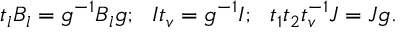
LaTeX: t _ { l } B _ { l } = g ^ { - 1 } B _ { l } g ; \, \, \, \, I t _ { v } = g ^ { - 1 } I ; \, \, \, \, t _ { 1 } t _ { 2 } t _ { v } ^ { - 1 } J = J g .